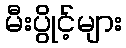
မီးပွိုင့်များ